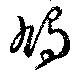
鳩